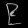
Digit: ၉